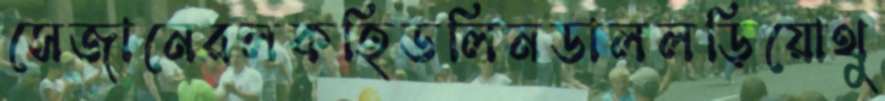
সেজানেরলকহিডলিনডাললড়িয়োথু